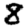
Digit: 8